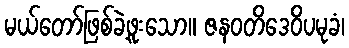
မယ်တော်ဖြစ်ခဲ့ဖူးသော။ ဇနဝတိဒေဝိပမုခံ၊